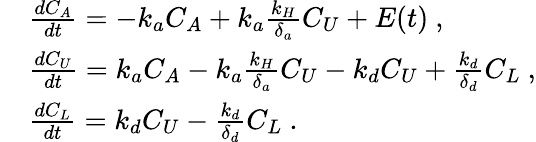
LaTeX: \begin{array}{rl}&{\frac{dC_{A}}{dt}=-k_{a}C_{A}+k_{a}\frac{k_{H}}{\delta_{a}}C_{U}+E(t)\mathrm{~,}}\\ &{\frac{dC_{U}}{dt}=k_{a}C_{A}-k_{a}\frac{k_{H}}{\delta_{a}}C_{U}-k_{d}C_{U}+\frac{k_{d}}{\delta_{d}}C_{L}\mathrm{~,}}\\ &{\frac{dC_{L}}{dt}=k_{d}C_{U}-\frac{k_{d}}{\delta_{d}}C_{L}\mathrm{~.}}\end{array}